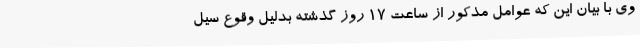
وی با بیان این که عوامل مذکور از ساعت 17 روز گذشته بدلیل وقوع سیل